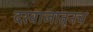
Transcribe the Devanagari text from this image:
दरवाजातूनच